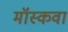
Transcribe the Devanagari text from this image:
मॉस्कवा